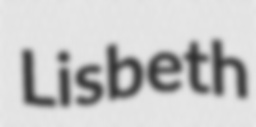
Lisbeth